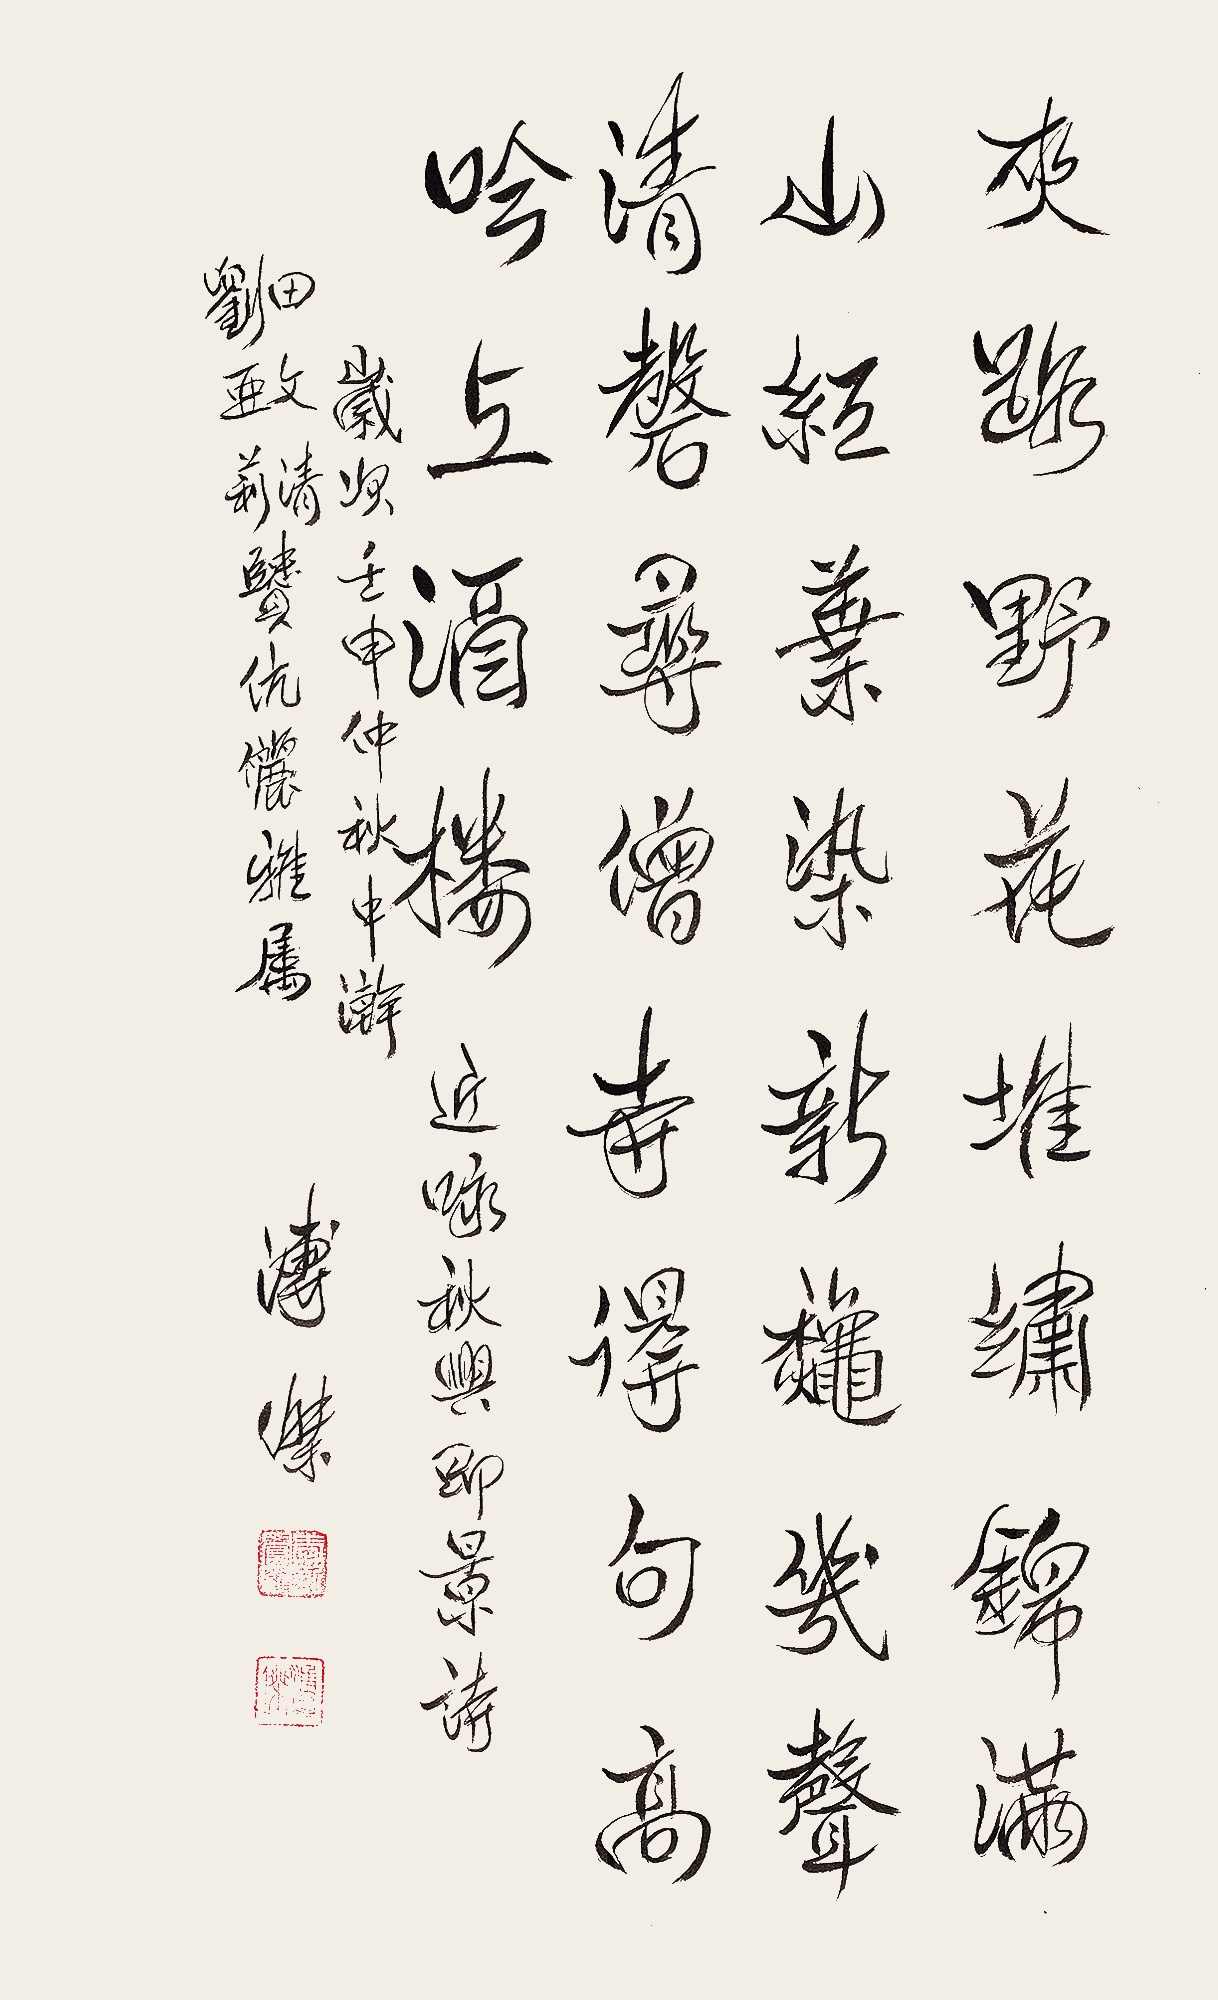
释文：夹路野花堆绣锦，满山红叶染新秋。几声清盘寻僧寺，得句高吟上酒楼。近咏《秋兴即景》诗。岁次壬申仲秋中澣，田文清、刘亚莉贤伉俪雅属，溥杰。